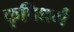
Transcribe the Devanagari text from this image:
कृषिधर्म